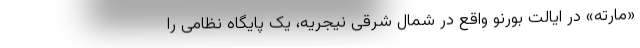
«مارته» در ایالت بورنو واقع در شمال شرقی نیجریه، یک پایگاه نظامی را